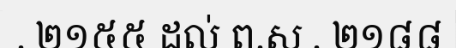
. ២១៥៥ ដល់ ព.ស . ២១៨៨